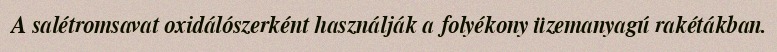
A salétromsavat oxidálószerként használják a folyékony üzemanyagú rakétákban.